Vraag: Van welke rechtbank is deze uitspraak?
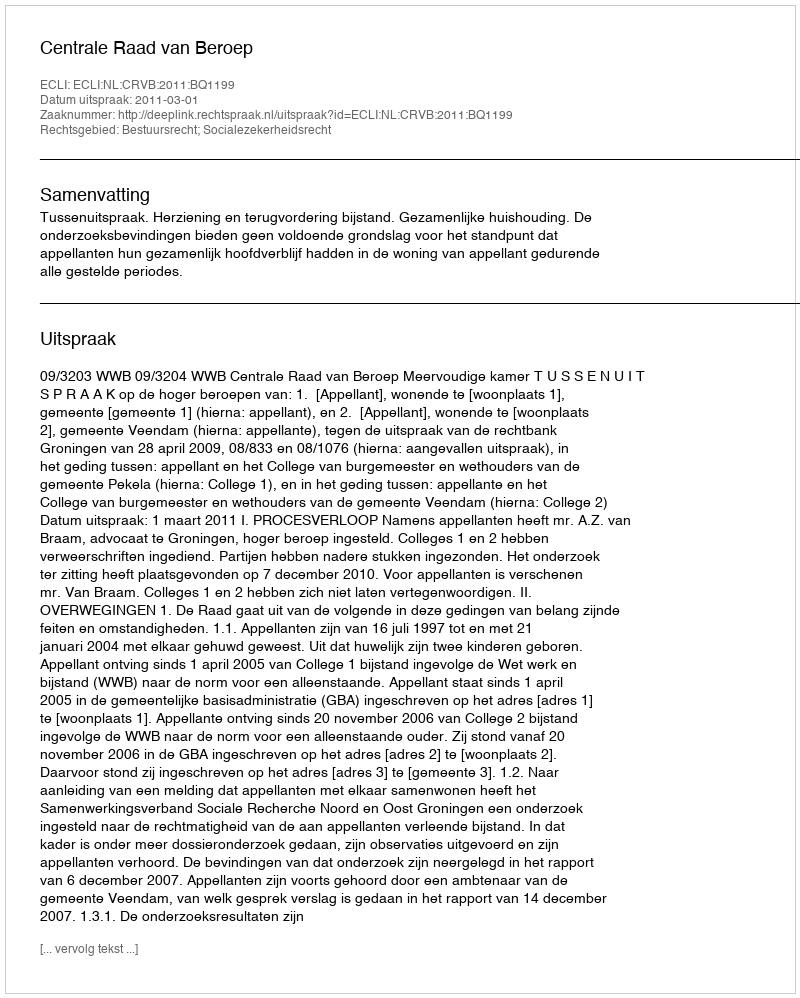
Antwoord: Centrale Raad van Beroep